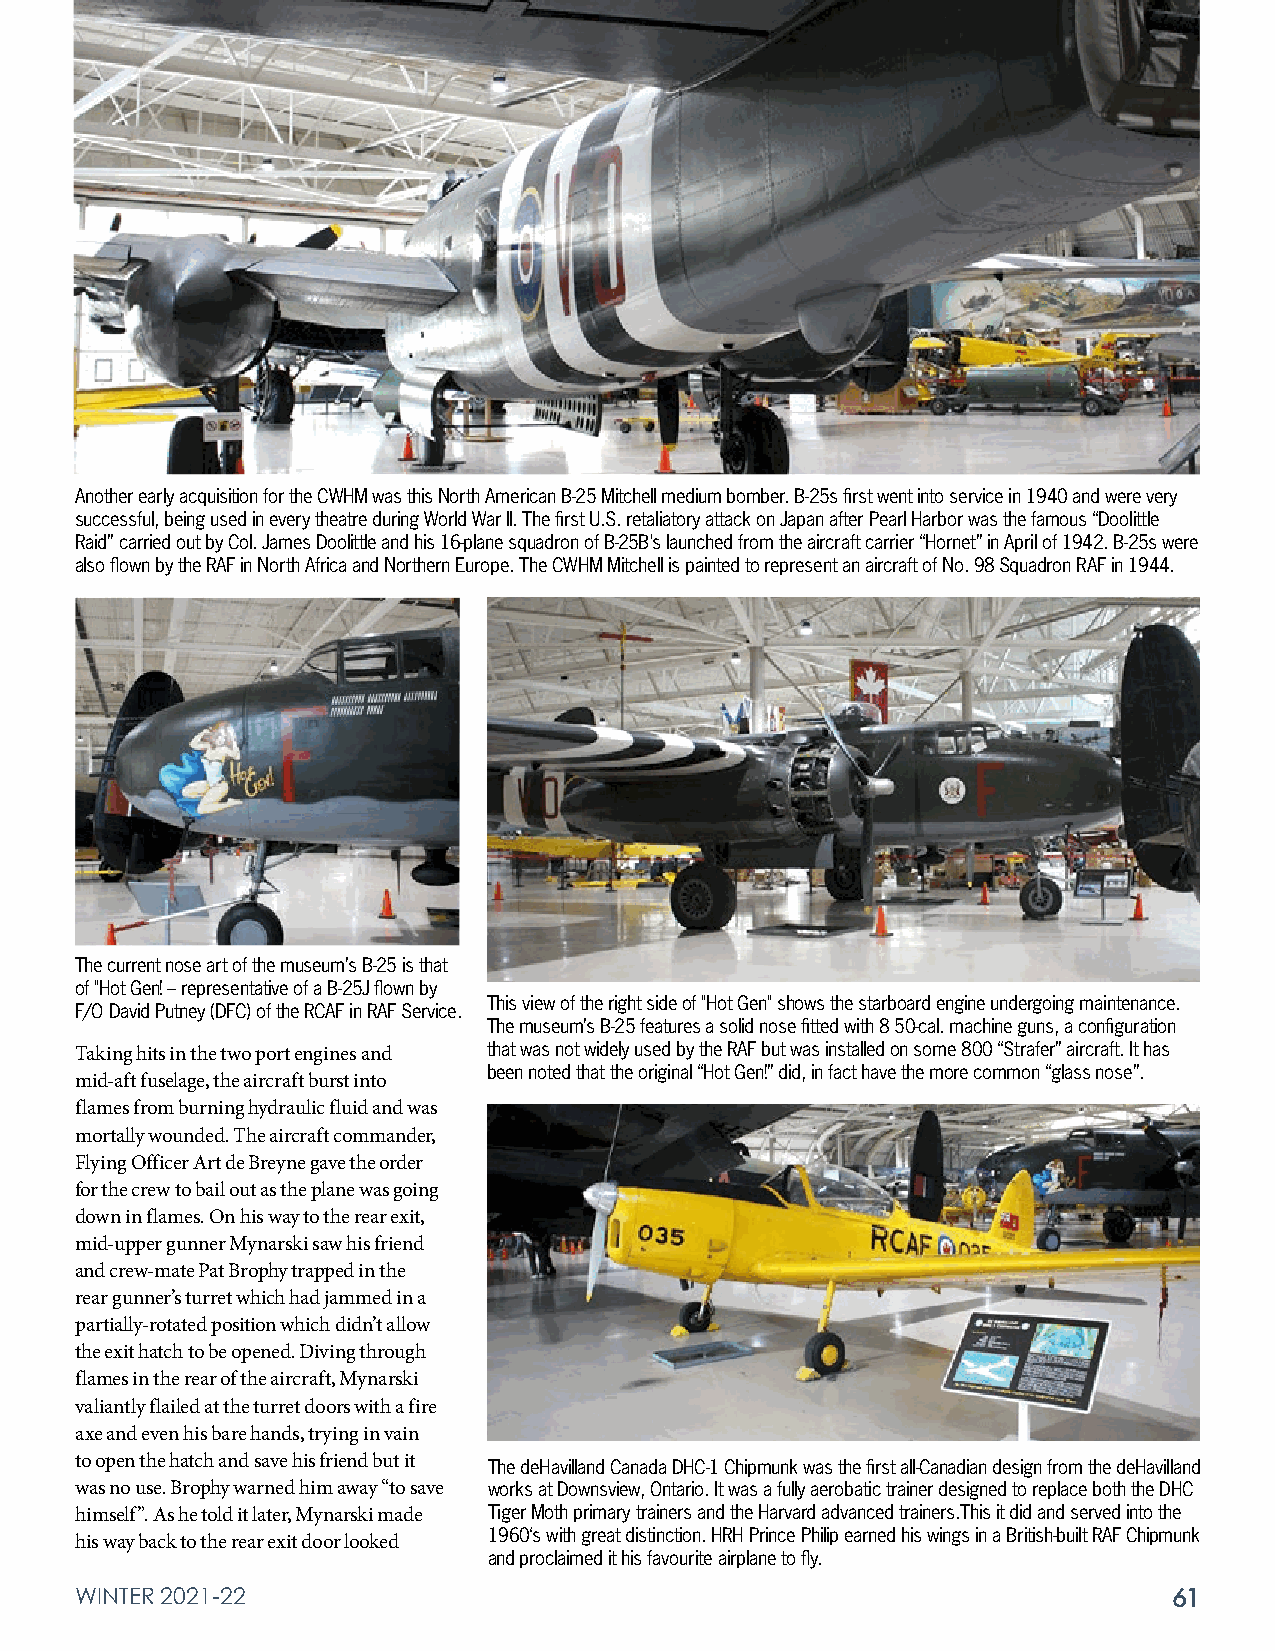
Another early acquisition for the CWHM was this North American B-25 Mitchell medium bomber. B-25s first went into service in 1940 and were very
 successful, being used in every theatre during World War II. The first U.S. retaliatory attack on Japan after Pearl Harbor was the famous “Doolittle
 Raid” carried out by Col. James Doolittle and his 16-plane squadron of B-25B's launched from the aircraft carrier “Hornet” in April of 1942. B-25s were
 also flown by the RAF in North Africa and Northern Europe. The CWHM Mitchell is painted to represent an aircraft of No. 98 Squadron RAF in 1944.
 The current nose art of the museum’s B-25 is that
 of "Hot Gen! – representative of a B-25J flown by
 This view of the right side of "Hot Gen" shows the starboard engine undergoing maintenance.
 F/O David Putney (DFC) of the RCAF in RAF Service.
 The museum’s B-25 features a solid nose fitted with 8 50-cal. machine guns, a configuration
 Taking hits in the two port engines and that was not widely used by the RAF but was installed on some 800 “Strafer” aircraft. It has
 been noted that the original “Hot Gen!” did, in fact have the more common “glass nose”.
 mid-aft fuselage, the aircraft burst into
 flames from burning hydraulic fluid and was
 mortally wounded. The aircraft commander,
 Flying Officer Art de Breyne gave the order
 for the crew to bail out as the plane was going
 down in flames. On his way to the rear exit,
 mid-upper gunner Mynarski saw his friend
 and crew-mate Pat Brophy trapped in the
 rear gunner’s turret which had jammed in a
 partially-rotated position which didn’t allow
 the exit hatch to be opened. Diving through
 flames in the rear of the aircraft, Mynarski
 valiantly flailed at the turret doors with a fire
 axe and even his bare hands, trying in vain
 to open the hatch and save his friend but it The deHavilland Canada DHC-1 Chipmunk was the first all-Canadian design from the deHavilland
 was no use. Brophy warned him away “to save works at Downsview, Ontario. It was a fully aerobatic trainer designed to replace both the DHC
 himself”. As he told it later, Mynarski made Tiger Moth primary trainers and the Harvard advanced trainers.This it did and served into the
 1960‘s with great distinction. HRH Prince Philip earned his wings in a British-built RAF Chipmunk
 his way back to the rear exit door looked
 and proclaimed it his favourite airplane to fly.
 WINTER 2021-22                                                           61